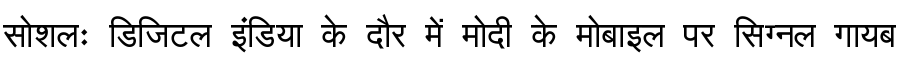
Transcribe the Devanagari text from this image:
सोशलः डिजिटल इंडिया के दौर में मोदी के मोबाइल पर सिग्नल गायब